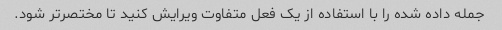
جمله داده شده را با استفاده از یک فعل متفاوت ویرایش کنید تا مختصرتر شود.